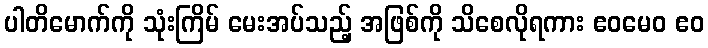
ပါတိမောက်ကို သုံးကြိမ် မေးအပ်သည့် အဖြစ်ကို သိစေလိုရကား ဧဝမေဝ ဧဝ